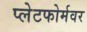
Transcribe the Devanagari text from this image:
प्लेटफोर्मवर